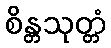
စိန္တသုတ္တံ